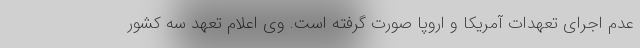
عدم اجرای تعهدات آمریکا و اروپا صورت گرفته است. وی اعلام تعهد سه کشور